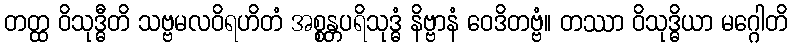
တတ္ထ ဝိသုဒ္ဓီတိ သဗ္ဗမလဝိရဟိတံ အစ္စန္တပရိသုဒ္ဓံ နိဗ္ဗာနံ ဝေဒိတဗ္ဗံ။ တဿာ ဝိသုဒ္ဓိယာ မဂ္ဂေါတိ